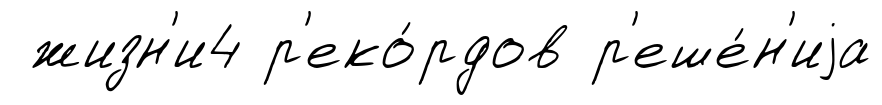
жизн'и4 р'еко́рдов р'еше́н'иjа